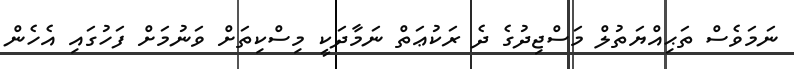
ނަމަވެސް ތަޙިއްޔަތުލް މަސްޖިދުގެ ދެ ރަކުޢަތް ނަމާދަކީ މިސްކިތަށް ވަނުމަށް ފަހުގައި އެހެން